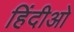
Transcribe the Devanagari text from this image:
हिंदीओ